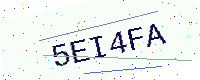
Text: 5EI4FA